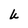
Character: U